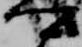
卿